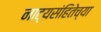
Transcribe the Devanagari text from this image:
नाट्यसंहितेच्या